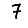
Digit: 7